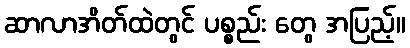
ဆာလာအိတ်ထဲတွင် ပစ္စည်း တွေ အပြည့်။